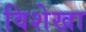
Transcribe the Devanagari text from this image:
विशेखा